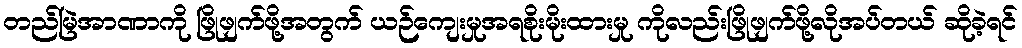
တည်မြဲအာဏာကို ဖြိုဖျက်ဖို့အတွက် ယဉ်ကျေးမှုအရစိုးမိုးထားမှု ကိုလည်းဖြိုဖျက်ဖို့လိုအပ်တယ် ဆိုခဲ့ရင်